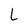
Character: L